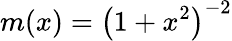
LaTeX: m(x)={\left(1+x^{2}\right)}^{-2}